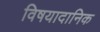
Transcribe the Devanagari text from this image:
विषयादानिक